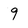
Character: 9